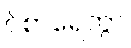
ဝိစာရေတွာ